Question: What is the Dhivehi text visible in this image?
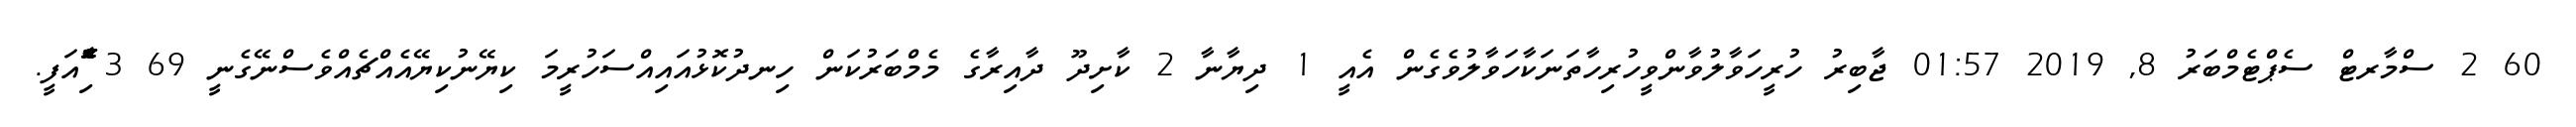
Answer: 60 2 ސްމާރޓް ސެޕްޓެމްބަރު 8, 2019 01:57 ޖާބިރު ހުރީހަވާލުވާންވީހުރިހާތަނަކާހަވާލުވެގެން އެއީ 1 ދިޔާނާ 2 ކާށިދޫ ދާއިރާގެ މެމްބަރުކަން ހިނދުކޮޅުއައިއްސަހުރީމަ ކިޔޭނުކިޔޭއެއްޗެއްވެސްނޭގެނީ 69 3 ާަަަަަެެެޮޮިުއަފީ.